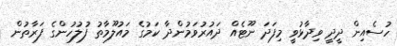
ހުސެއިން ދީދީ ވިދާޅުވީ މިފަދަ ނޫޓެއް ދައުރުވަމުންދާ ކަމުގެ މައުލޫމާތު ފުލުހުންގެ ފަރާތުން